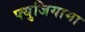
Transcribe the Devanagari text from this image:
फ्युजियामा